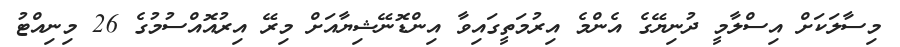
މިސާލަކަށް އިސްލާމީ ދުނިޔޭގެ އެންމެ އިރުމަތީގައިވާ އިންޑޮނޭޝިޔާއަށް މިރޭ އިރުއޮއްސުމުގެ 26 މިނިއްޓު